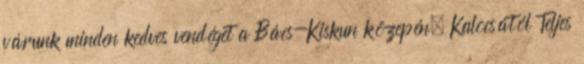
várunk minden kedves vendéget a Bács-Kiskun közepén, Kalocsától Teljes